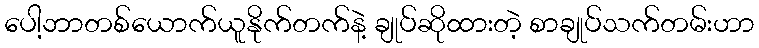
ပေါ့ဘာတစ်ယောက်ယူနိုက်တက်နဲ့ ချုပ်ဆိုထားတဲ့ စာချုပ်သက်တမ်းဟာ